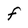
Character: f